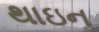
થાઇન